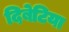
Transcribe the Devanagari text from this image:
दिबेटिया